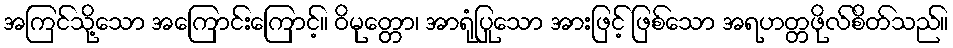
အကြင်သို့သော အကြောင်းကြောင့်။ ဝိမုတ္တော၊ အာရုံပြုသော အားဖြင့် ဖြစ်သော အရဟတ္တဖိုလ်စိတ်သည်။